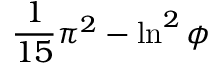
{ \frac { 1 } { 1 5 } } \pi ^ { 2 } - \ln ^ { 2 } \phi